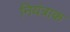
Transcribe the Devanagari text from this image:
नियंत्राक